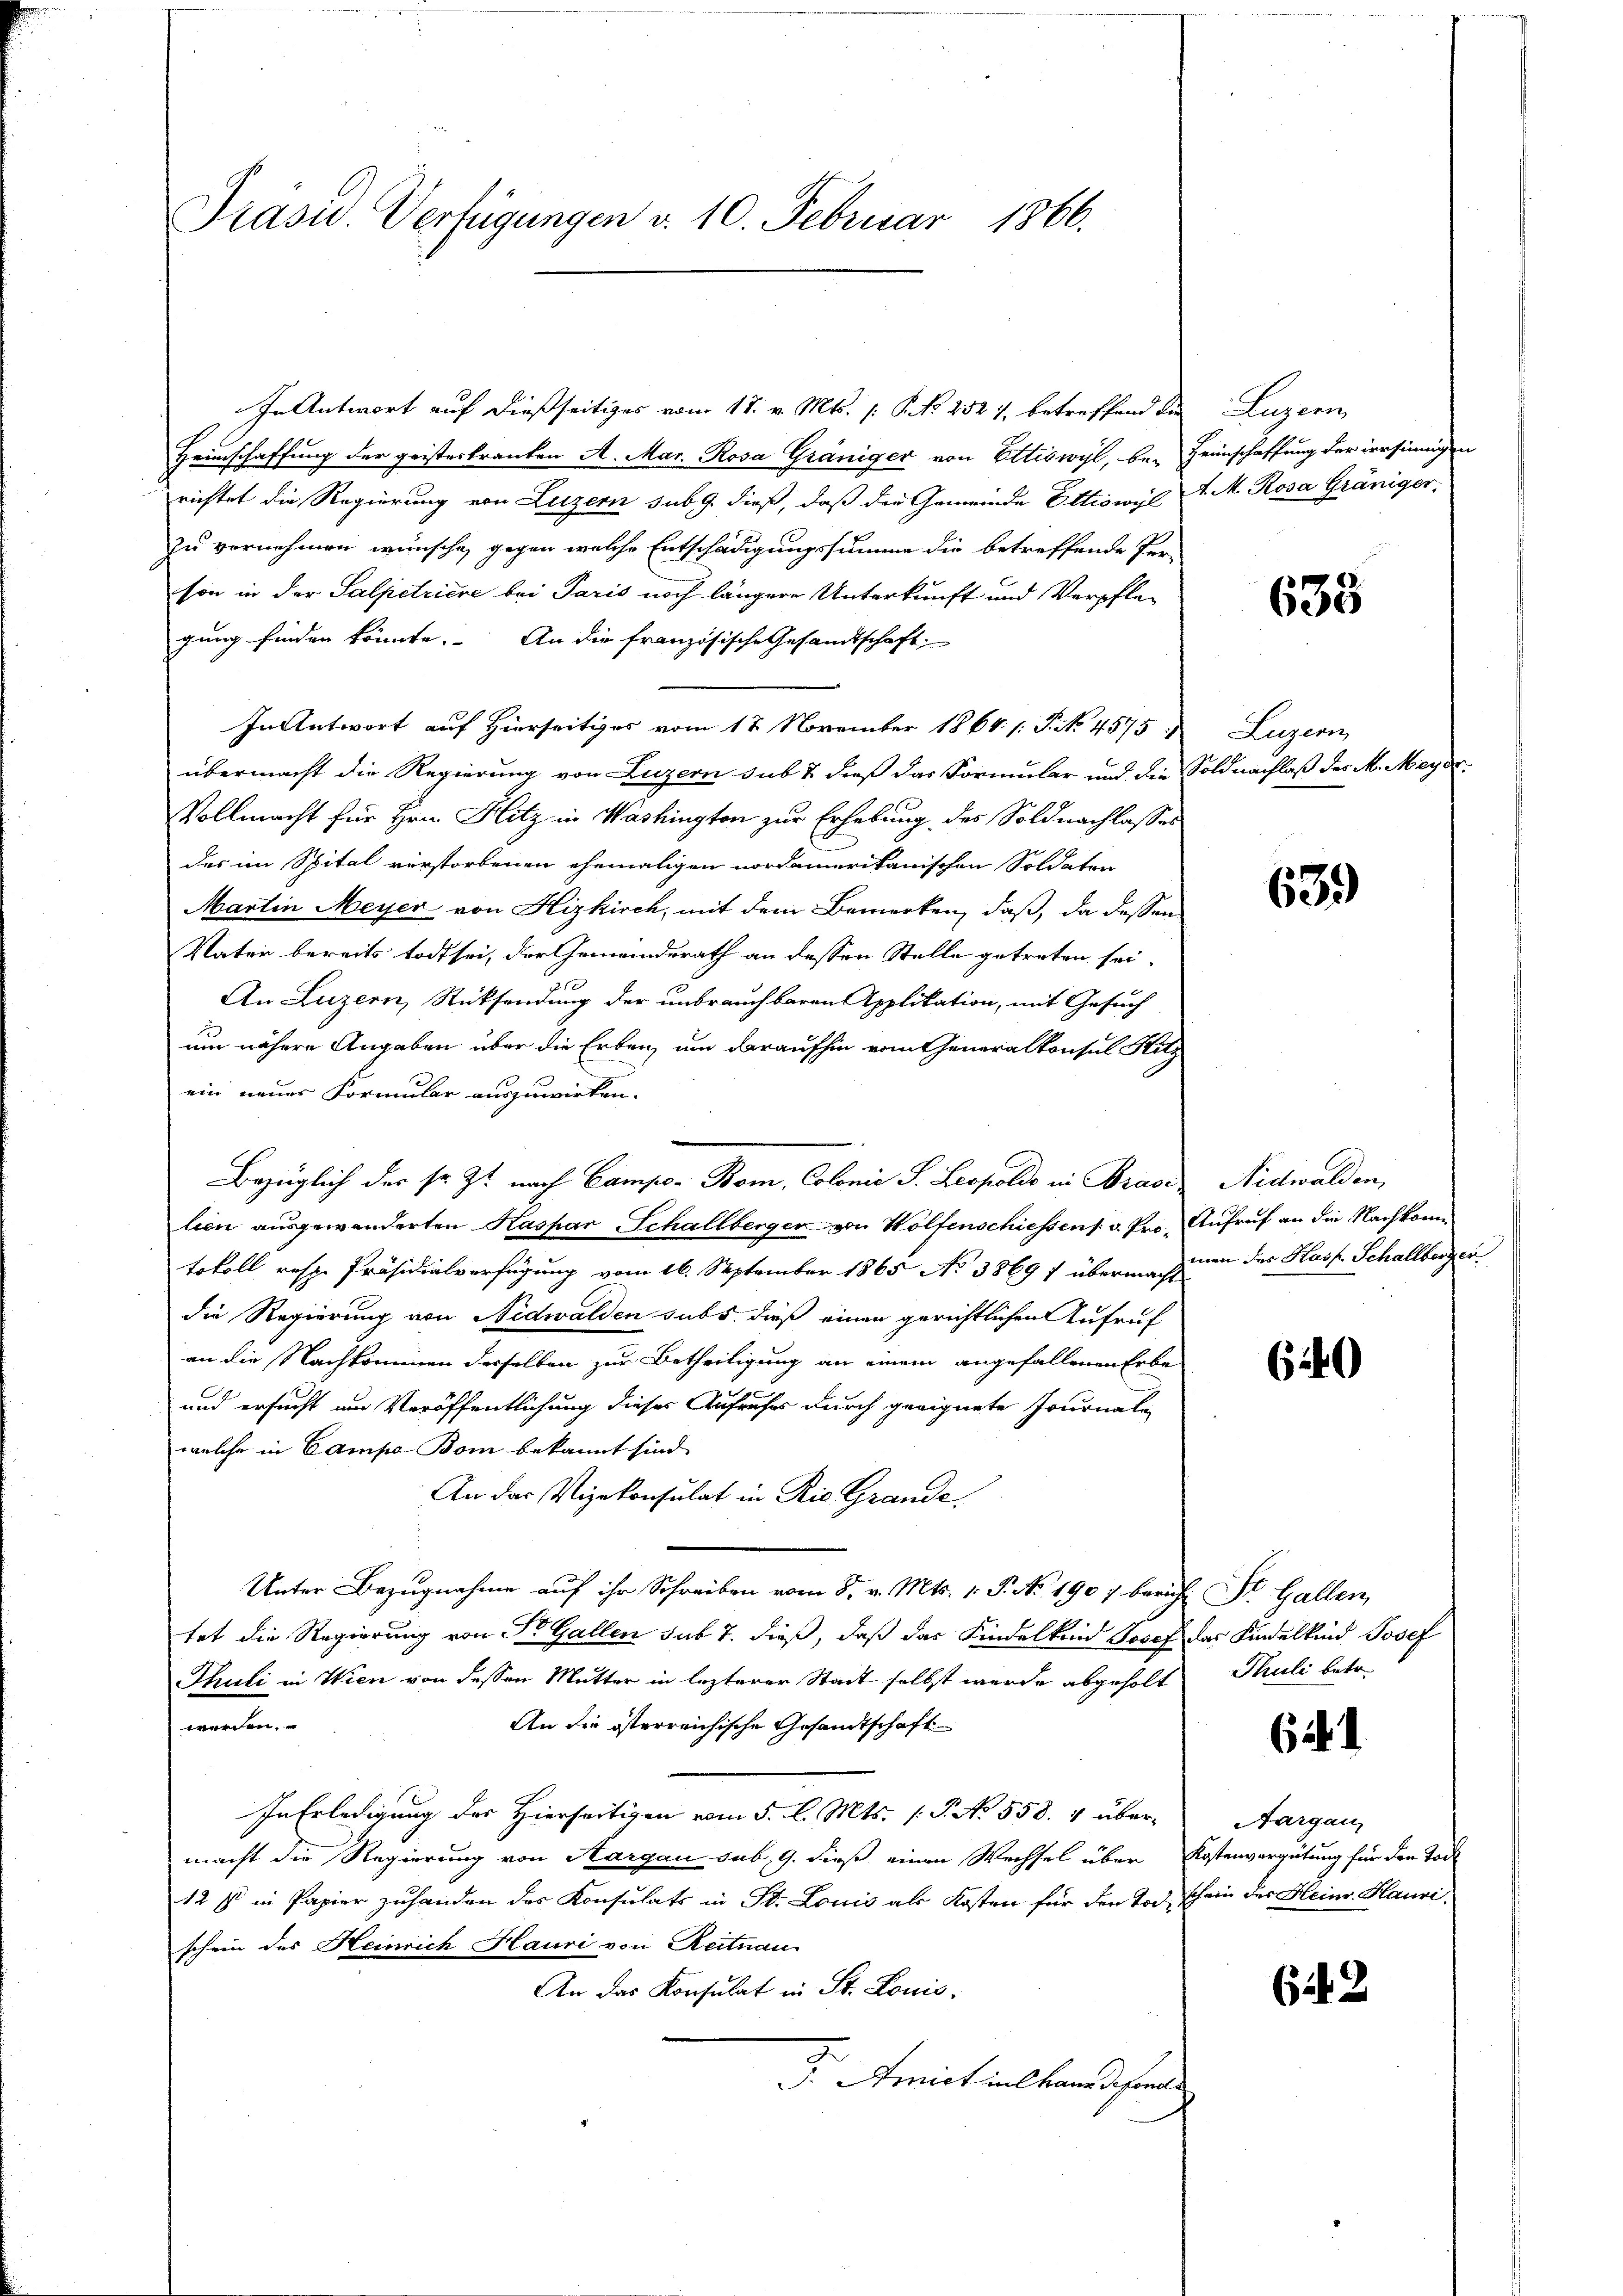
Präsid. Verfügungen v. 10. Februar 1866.

In Antwort auf dießseitiges vom 18. v. Mts. [§ 252), betreffend die Luzern
Heimschaffung der geistertrankten A. Mar. Rosa Gräniger von Ettiswyl, be-
richtet die Regierung von Luzern sub. 9. dieß, daß die Gemeinde Ottiswyl
zu vornehmen wünsche, gegen welche Entschädigungssumme die betreffende Per-
son in der Salpetriere bei Paris noch längere Unterkunft und Verpflegung finden könnte. An die französische Gesandtschaft
In Antwort auf Hierseitiges vom 17 November 1864 1. P. No. 4575
übermacht die Regierung von Luzern sub & dieß das Formular und die
Vollmacht für Hrn. Hitz in Washington zur Erhebung des Soldnachlasses
des im Spital verstorbenen ehemaligen nordamerikanischen Soldaten
Martin Meyer von Hizkirch, mit dem Bemerken, daß, da dessen
Vater bereits todt sei, der Gemeinderath an dessen Stelle getreten sei.
An Luzern, Rücksendung der unbrauchbaren Applikation, mit Gesuch
um nähere Angaben über die Erben, um daraufhin vom Generalkonsul Hitz
ein neuer Formular auszuwirken.
Bezüglich der sr. Zt. nach Campo- Bom, Colonie S. Leopoldo in Brasi
lien ausgewanderten Kaspar Schallberger von Wolfenschiessens v. Protokoll resp. Präsidialverfügung vom 16. September 1865 No 3869 f übermacht
die Regierung von Nidwalden subs, dieß einen gerichtlichen Aufruf
an die Nachkommen derselben zur Betheiligung an einem angefallenen Erbe
und ersucht um Veröffentlichung dieser Aufrufes durch geeignete Journale
welche in Campe Bom bekannt sind.
An der Vizekonsulat in Rio Grande,
Unter Bezugnahme auf ihr Schreiben vom 5. v. Mts. 1. P. No 1907. berich
tet die Regierung von Dr. Gallen sub 7. dieß, daß das Kindelkind Josef
Thuli in Wien von dessen Mutter in lezterer Stadt selbst werde abgeholt
werden.
An die österreichische Gesandtschaft
In Erledigung des Hierseitigen vom 5. l. Mts. (T. No 558. 4 übermacht die Regierung von Aargau sub. 9. dieß einen Wechsel über
12 s in Papier zuhanden des Konsulats in St. Louis als Kosten für den Tod
schein des Heinrich Hauri von Reitnau
An das Konsulat in St. Louis
F. Amistinstandesra

Heimschaffung der irrsinnig
A. M. Rosa Gräniger,

638

Luzern
Soldnachlaß des M. Meye

639)

Nidwalden,
Aufruf an die Nachkonn
man des Hass. Schallberger

640

St. Gallen
das Kindelkind Josef
Phuli betr.

62. 1

Aargau
Kostenvergütung für den Tode
schein des Heim Hauri,

( 2